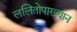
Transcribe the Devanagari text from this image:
ललितोपाख्यान